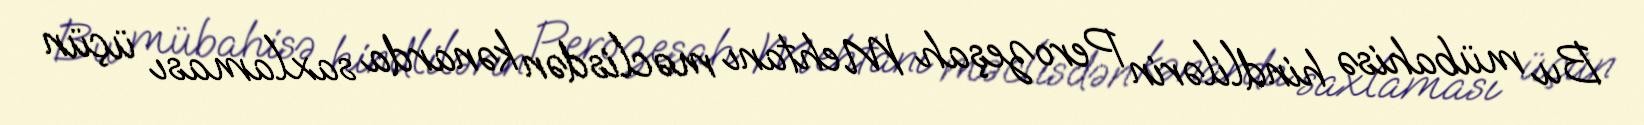
Bu mübahisə hindlilərin Perozeşah Mehtanı məclisdən kənarda saxlaması üçün